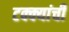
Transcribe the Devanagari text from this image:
टक्क्यांची